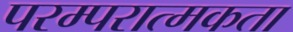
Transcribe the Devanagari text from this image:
परम्परात्मकता